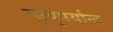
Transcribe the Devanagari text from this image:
मृत्युपर्यान्त